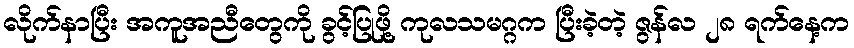
လိုက်နာပြီး အကူအညီတွေကို ခွင့်ပြုဖို့ ကုလသမဂ္ဂက ပြီးခဲ့တဲ့ ဇွန်လ ၂၈ ရက်နေ့က